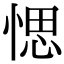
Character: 愢